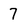
Character: 7